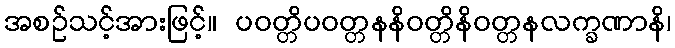
အစဉ်သင့်အားဖြင့်။ ပဝတ္တိပဝတ္တနနိဝတ္တိနိဝတ္တနလက္ခဏာနိ၊